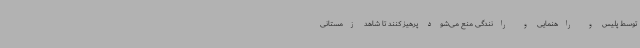
توسط پلیس و راهنمایی و رانندگی منع می‌شود پرهیز کنند تا شاهد زمستانی